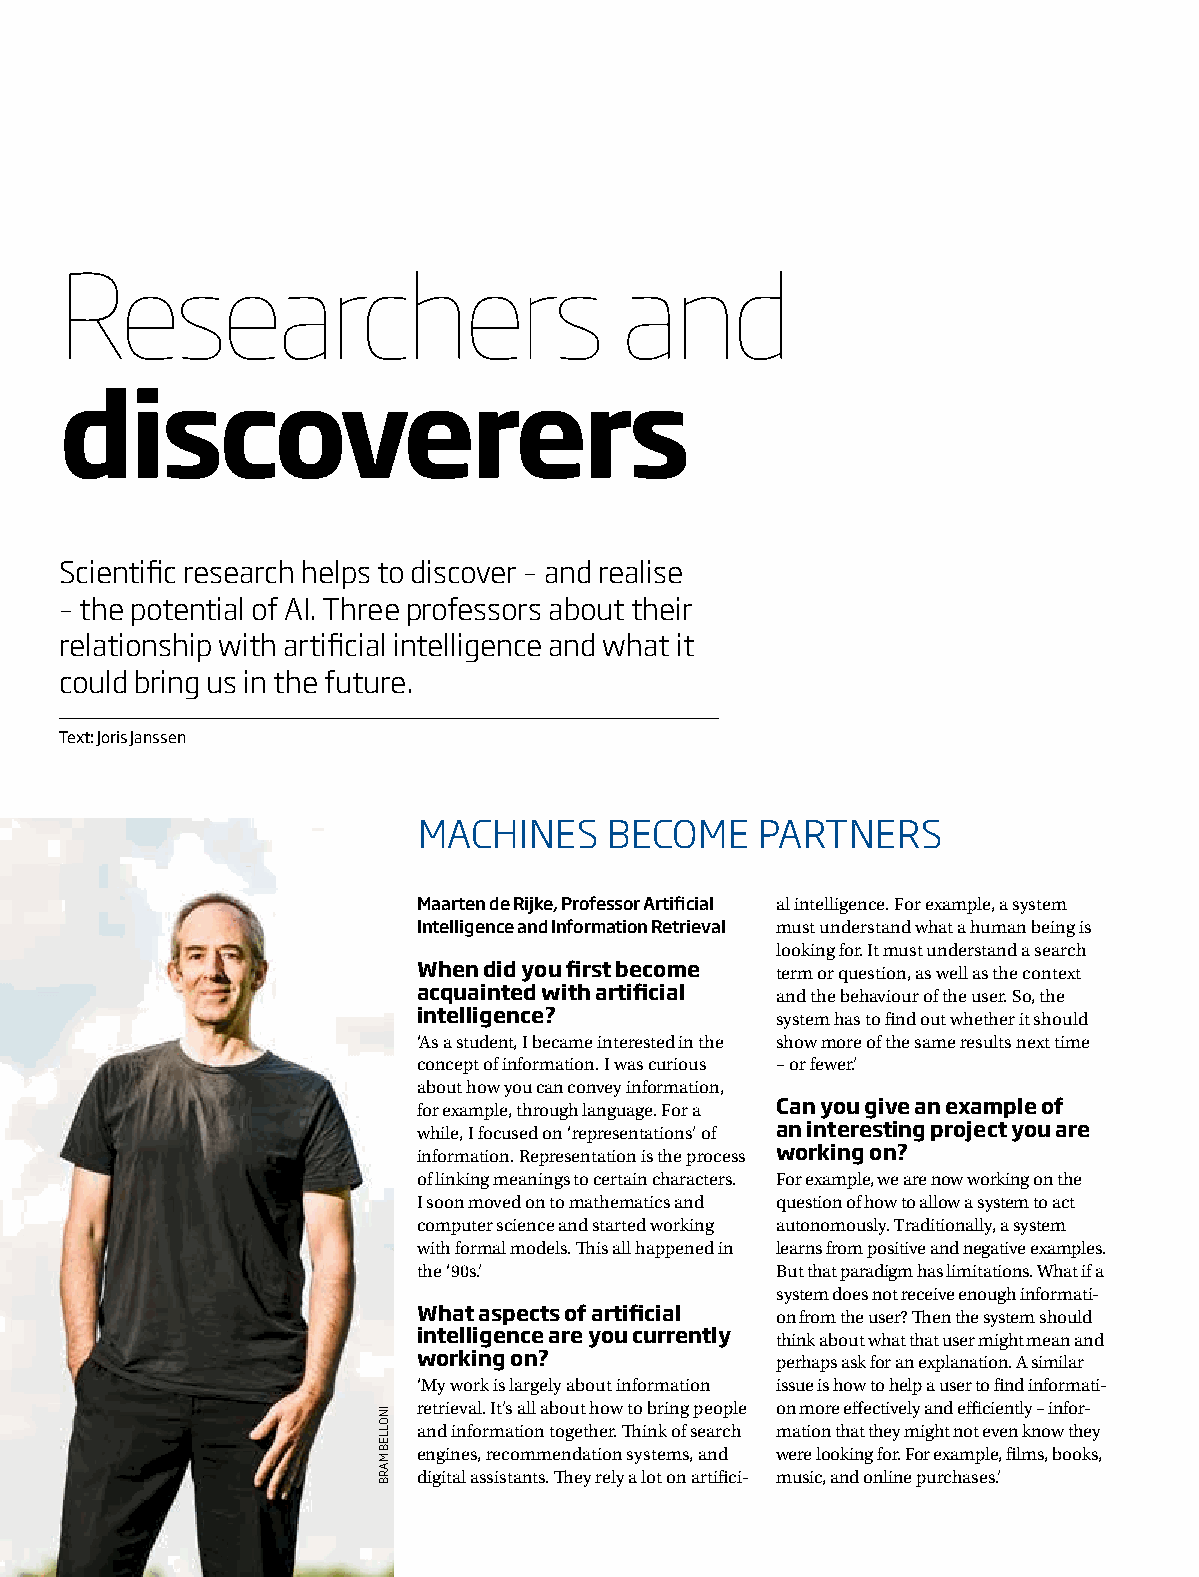
Researchers                          and
 discoverers
 Scientific research helps to discover – and realise
 – the potential of AI. Three professors about their
 relationship with artificial intelligence and what it
 could bring us in the future.
 Text: Joris Janssen
 MACHINES    BECOME    PARTNERS
 Maarten de Rijke, Professor Artificial al intelligence. For example, a system
 Intelligence and Information Retrieval must understand what a human being is
 looking for. It must understand a search
 When did you first become term or question, as well as the context
 acquainted with artificial and the behaviour of the user. So, the
 intelligence?          system has to find out whether it should
 ‘As a student, I became interested in the show more of the same results next time
 concept of information. I was curious – or fewer.’
 about how you can convey information,
 for example, through language. For a Can you give an example of
 while, I focused on ‘representations’ of an interesting project you are
 information. Representation is the process working on?
 of linking meanings to certain characters. For example, we are now working on the
 I soon moved on to mathematics and question of how to allow a system to act
 computer science and started working autonomously. Traditionally, a system
 with formal models. This all happened in learns from positive and negative examples.
 the ‘90s.’             But that paradigm has limitations. What if a
 system does not receive enough informati-
 What aspects of artificial on from the user? Then the system should
 intelligence are you currently think about what that user might mean and
 working on?            perhaps ask for an explanation. A similar
 ‘My work is largely about information issue is how to help a user to find informati-
 retrieval. It’s all about how to bring people on more effectively and efficiently – infor-
 and information together. Think of search mation that they might not even know they
 engines, recommendation systems, and were looking for. For example, films, books,
 digital assistants. They rely a lot on artifici- music, and online purchases.’
 INOLLEB
 MARB